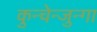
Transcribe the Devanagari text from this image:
कुन्चेन्जुन्गा